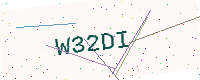
Text: W32DI